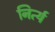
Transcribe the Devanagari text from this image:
निर्त्य